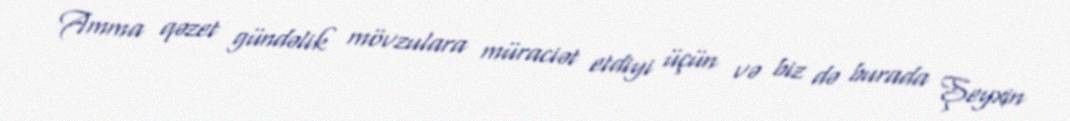
Amma qəzet gündəlik mövzulara müraciət etdiyi üçün və biz də burada Şeyxin